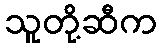
သူတို့ဆီက